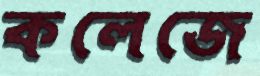
কলেজে